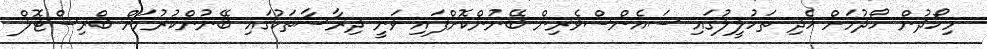
މިހޯދުން ހޯދުމަށް ހެދި ތަހުލީލުގައި ސައެންސްވެރިން ބޭނުންކޮށްފައި ވަނީ ދިރާސާތަކުގައި ބޭނުންކުރުމަށް ބްރިސްޓޮލް